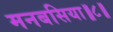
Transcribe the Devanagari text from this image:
मनबसिया॥८॥